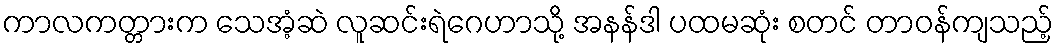
ကာလကတ္တားက သေအံ့ဆဲ လူဆင်းရဲဂေဟာသို့ အနန်ဒါ ပထမဆုံး စတင် တာဝန်ကျသည့်